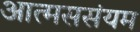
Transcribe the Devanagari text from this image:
आत्मससंयम